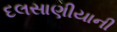
દલસાણીયાની